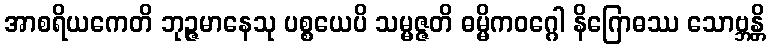
အာစရိယကေတိ ဘုဉ္ဇမာနေသု ပစ္စယေပိ သမ္မဇ္ဇတိ ဓမ္မိကဝဂ္ဂေါ နိဂြောဓဿ သောဗ္ဘန္တိ